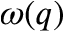
\omega ( q )